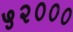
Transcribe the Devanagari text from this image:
५२०००